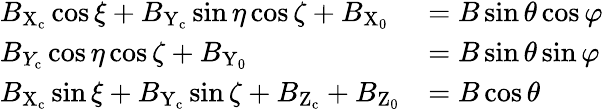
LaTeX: \begin{array}{ll}{B_{\mathrm{X}_{\mathrm{c}}}\cos\xi+B_{\mathrm{Y}_{\mathrm{c}}}\sin\eta\cos\zeta+B_{\mathrm{X}_{0}}}&{=B\sin\theta\cos\varphi}\\ {B_{Y_{\mathrm{c}}}\cos\eta\cos\zeta+B_{\mathrm{Y}_{0}}}&{=B\sin\theta\sin\varphi}\\ {B_{\mathrm{X}_{\mathrm{c}}}\sin\xi+B_{\mathrm{Y}_{\mathrm{c}}}\sin\zeta+B_{\mathrm{Z}_{\mathrm{c}}}+B_{\mathrm{Z}_{0}}}&{=B\cos\theta}\end{array}